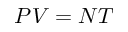
P V = N T